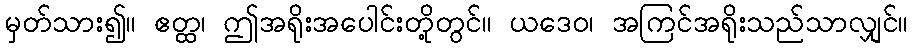
မှတ်သား၍။ ဧတ္ထ၊ ဤအရိုးအပေါင်းတို့တွင်။ ယဒေဝ၊ အကြင်အရိုးသည်သာလျှင်။